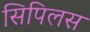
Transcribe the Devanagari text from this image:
सिपिलस